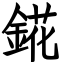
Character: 錵